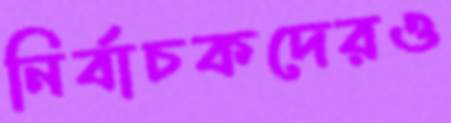
নির্বাচকদেরও